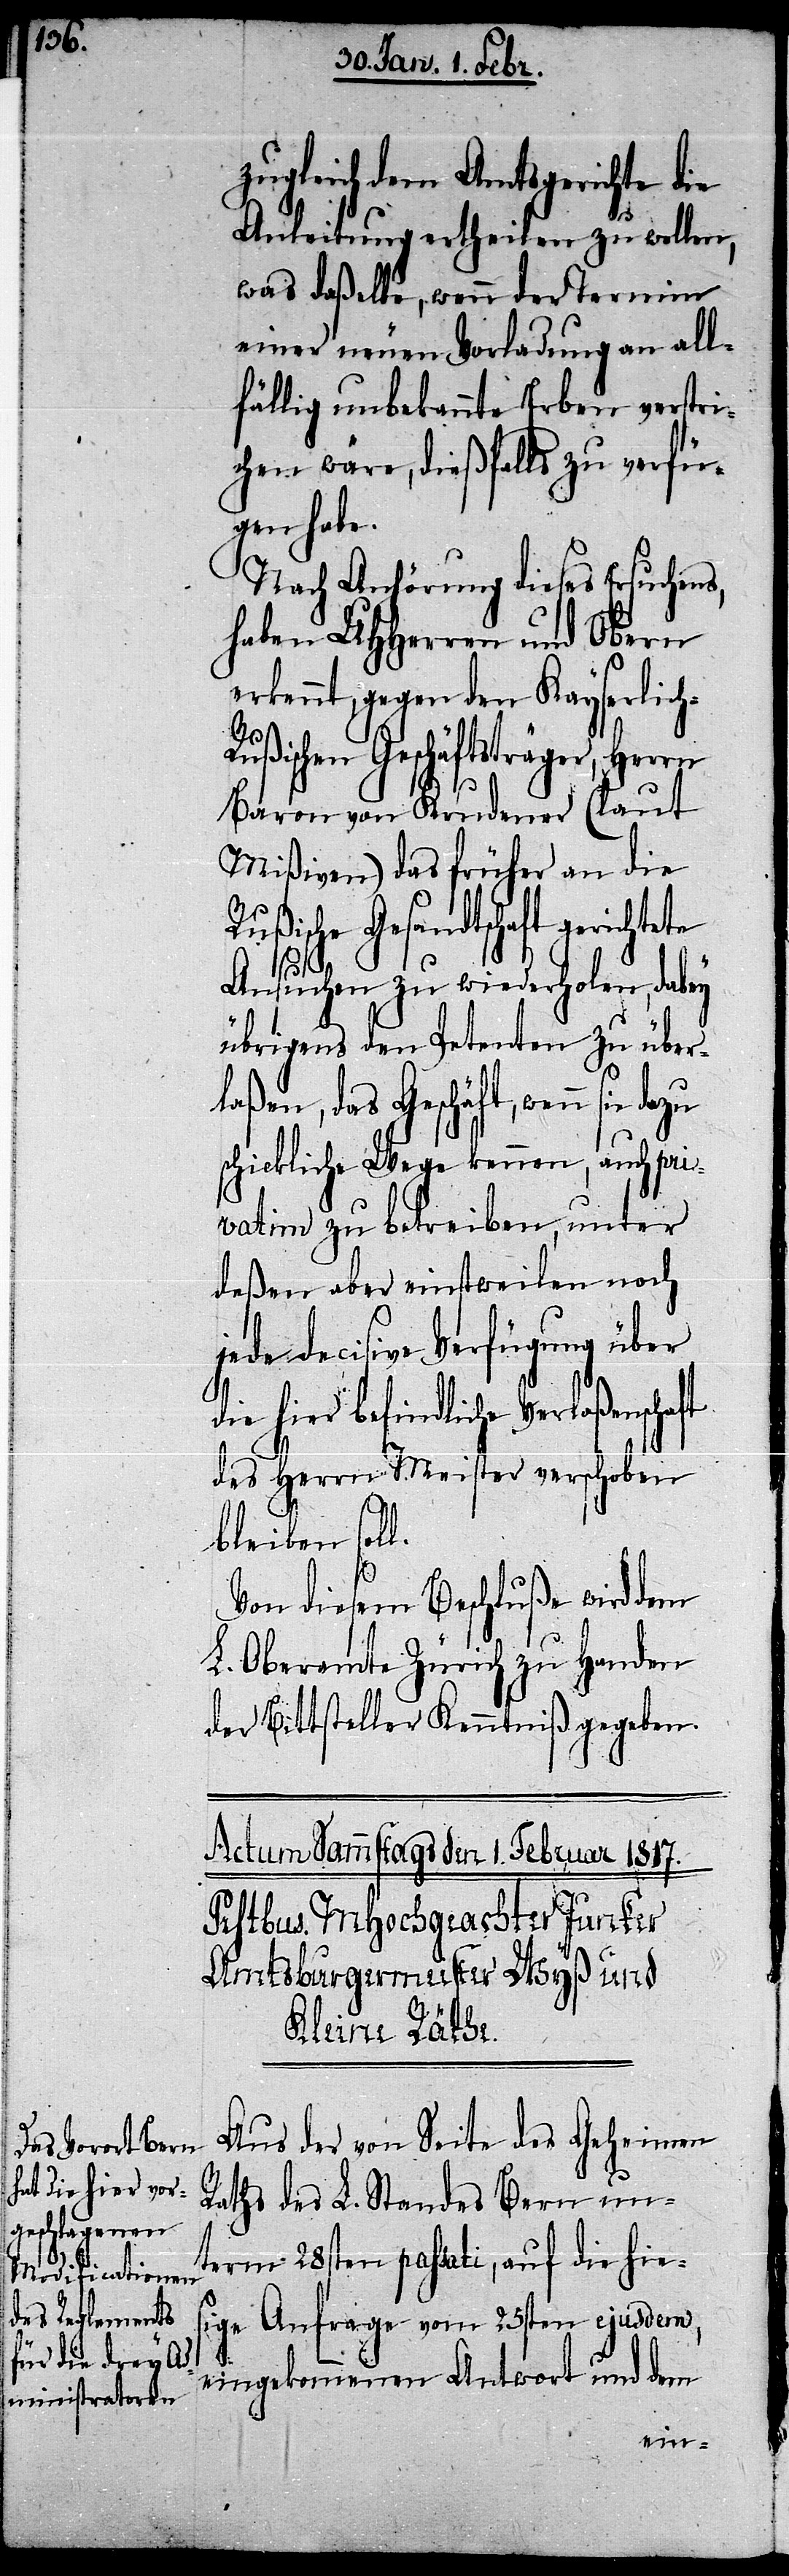
h-R¬

zugleich dem Amtsgerichte die
Anleitung ertheilen zu wollen,
was daßelbe, wenn der Termin
einer neuen Vorladung an all¬
fällig unbekannte Erben verstri¬
chen wäre, dießfalls zu verfü¬
gen habe.
Nach Anhörung dieses Ersuchens,
haben UHHerren und Obern
ennt, gegen den Kayserlic¬
ußischen Geschäftsträger,
Baron von Krudener (laut
Mißiven) das früher an die
Rußische Gesandtschaft gerichtete
l.
Ansuchen zu wiederholen, dabey
übrigens den Petenten zu über¬
laßen, das Geschäft, wenn sie
schickliche Wege kennen, auch pri¬
vatim zu betreiben, unter
deßen aber einstweilen noch
jede decisive Verfügung über
ie hier befindliche Verlaßenscha¬
des Herrn Meister verschoben
bleiben sol¬
Von diesem Beschluße wird dem
L. Oberamte Zürich zu Handen
der Bittsteller Kenntniß gegeben.
Aus der von Seite des Geheimen
Raths des L. Standes Bern un¬
term 28sten passati, auf die hies¬
ige Anfrage vom 25sten ejusdem,
eingekommenen Antwort und dem
erk¬